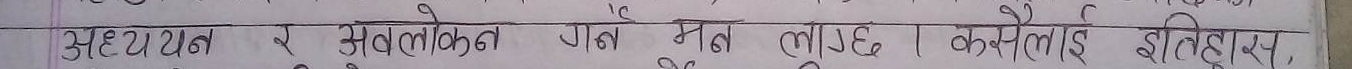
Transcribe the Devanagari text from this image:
अध्ययन र अवलोकन गर्न मन लाग्छ । कसलाई इतिहास,